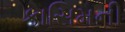
કાસિમની